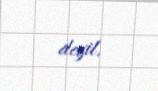
deyil.